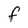
Character: F